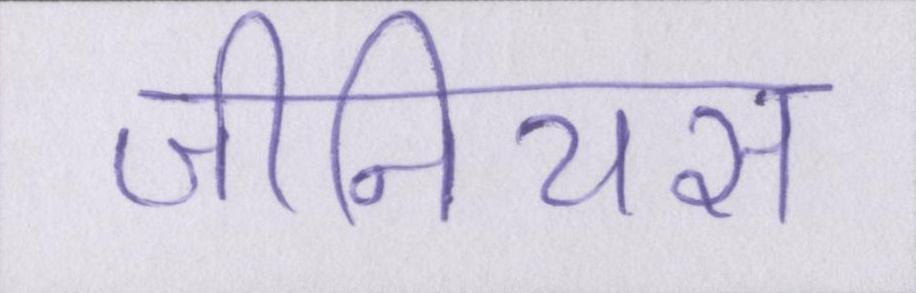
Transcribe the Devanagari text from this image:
जीनियस